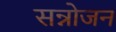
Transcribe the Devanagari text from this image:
सन्नोजन